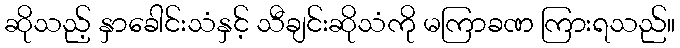
ဆိုသည့် နှာခေါင်းသံနှင့် သီချင်းဆိုသံကို မကြာခဏ ကြားရသည်။